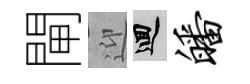
閘迎回皤